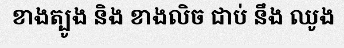
ខាងត្បូង និង ខាងលិច ជាប់ នឹង ឈូង